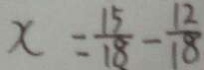
x = \frac { 1 5 } { 1 8 } - \frac { 1 2 } { 1 8 }